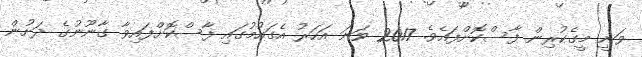
ވަނީ މީގެކުރިން ފާސްކޮށްފައެވެ. 2017 ވަނަ އަހަރު އެގައުމުގައި ފާސްކޮށްފައިވާ ގާނޫނުގެ ދަށުން